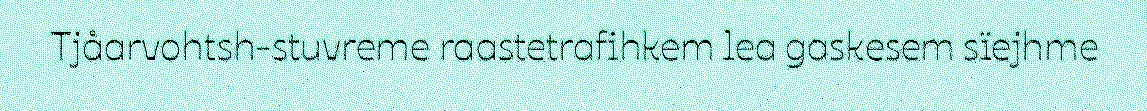
Tjåarvohtsh-stuvreme raastetrafihkem lea gaskesem sïejhme